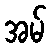
အမ်